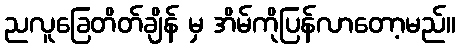
ညလူခြေတိတ်ချိန် မှ အိမ်ကိုပြန်လာတော့မည်။